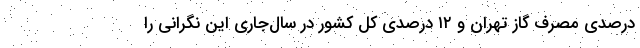
درصدی مصرف گاز تهران و ۱۲ درصدی کل کشور در سال‌جاری این نگرانی را